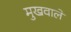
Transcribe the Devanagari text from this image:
मुखवाले